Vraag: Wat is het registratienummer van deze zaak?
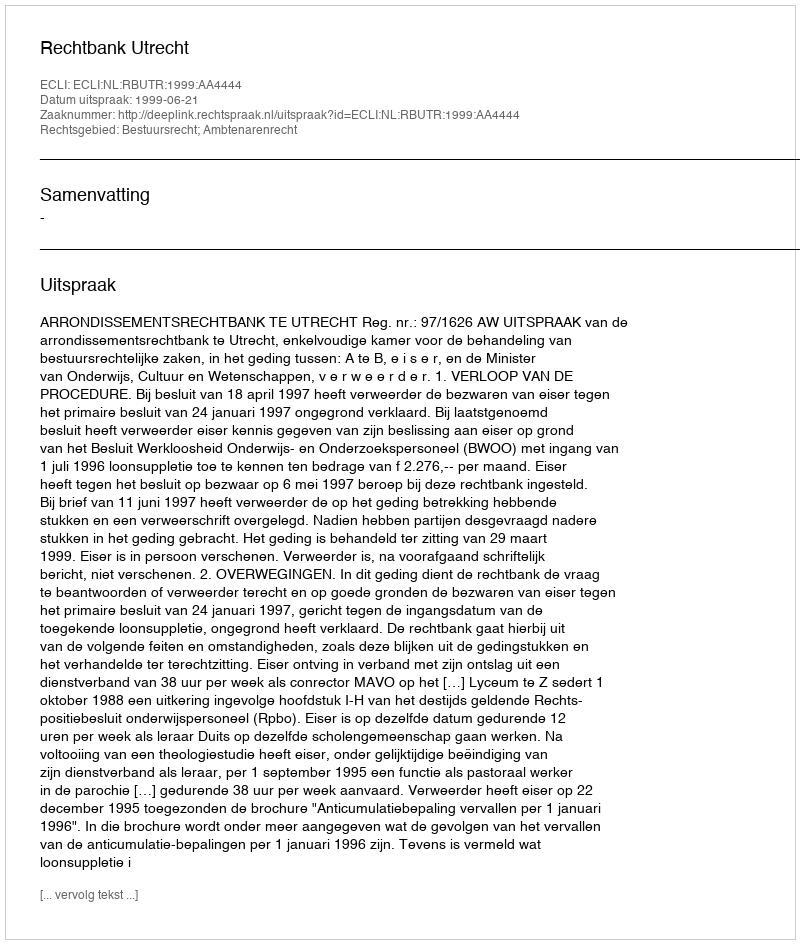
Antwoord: http://deeplink.rechtspraak.nl/uitspraak?id=ECLI:NL:RBUTR:1999:AA4444